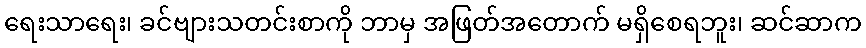
ရေးသာရေး၊ ခင်ဗျားသတင်းစာကို ဘာမှ အဖြတ်အတောက် မရှိစေရဘူး၊ ဆင်ဆာက